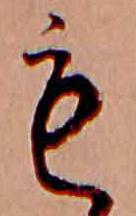
も